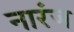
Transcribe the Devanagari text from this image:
नारंज